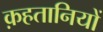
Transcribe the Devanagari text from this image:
क़हतानियों